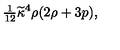
{ \textstyle { \frac { 1 } { 1 2 } } } \widetilde { \kappa } ^ { 4 } \rho ( 2 \rho + 3 p ) ,